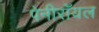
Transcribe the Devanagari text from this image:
पेनीरॉयल